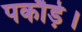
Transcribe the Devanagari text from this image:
पकौड़े।